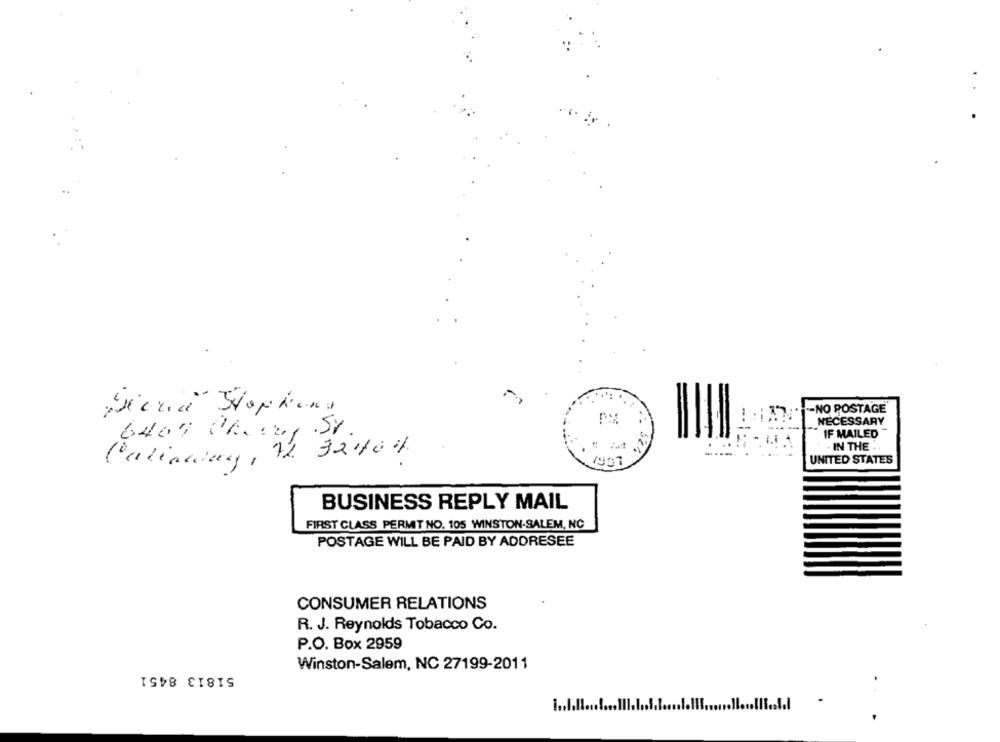
-NO POSTAGE
Seria Hophand
NECESSARY
6409 Cherry .St.
IF MAILED
IN THE.
UNITED STATES
: 1997
BUSINESS REPLY MAIL
FIRST CLASS PERMIT NO. 105 WINSTON-SALEM, NC
POSTAGE WILL BE PAID BY ADDRESEE
CONSUMER RELATIONS
R. J. Reynolds Tobacco Co.
P.O. Box 2959
51813 8451
Winston-Salem, NC 27199-2011
1 .. 1.Il